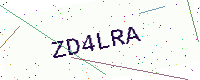
Text: ZD4LRA